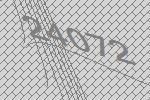
24072